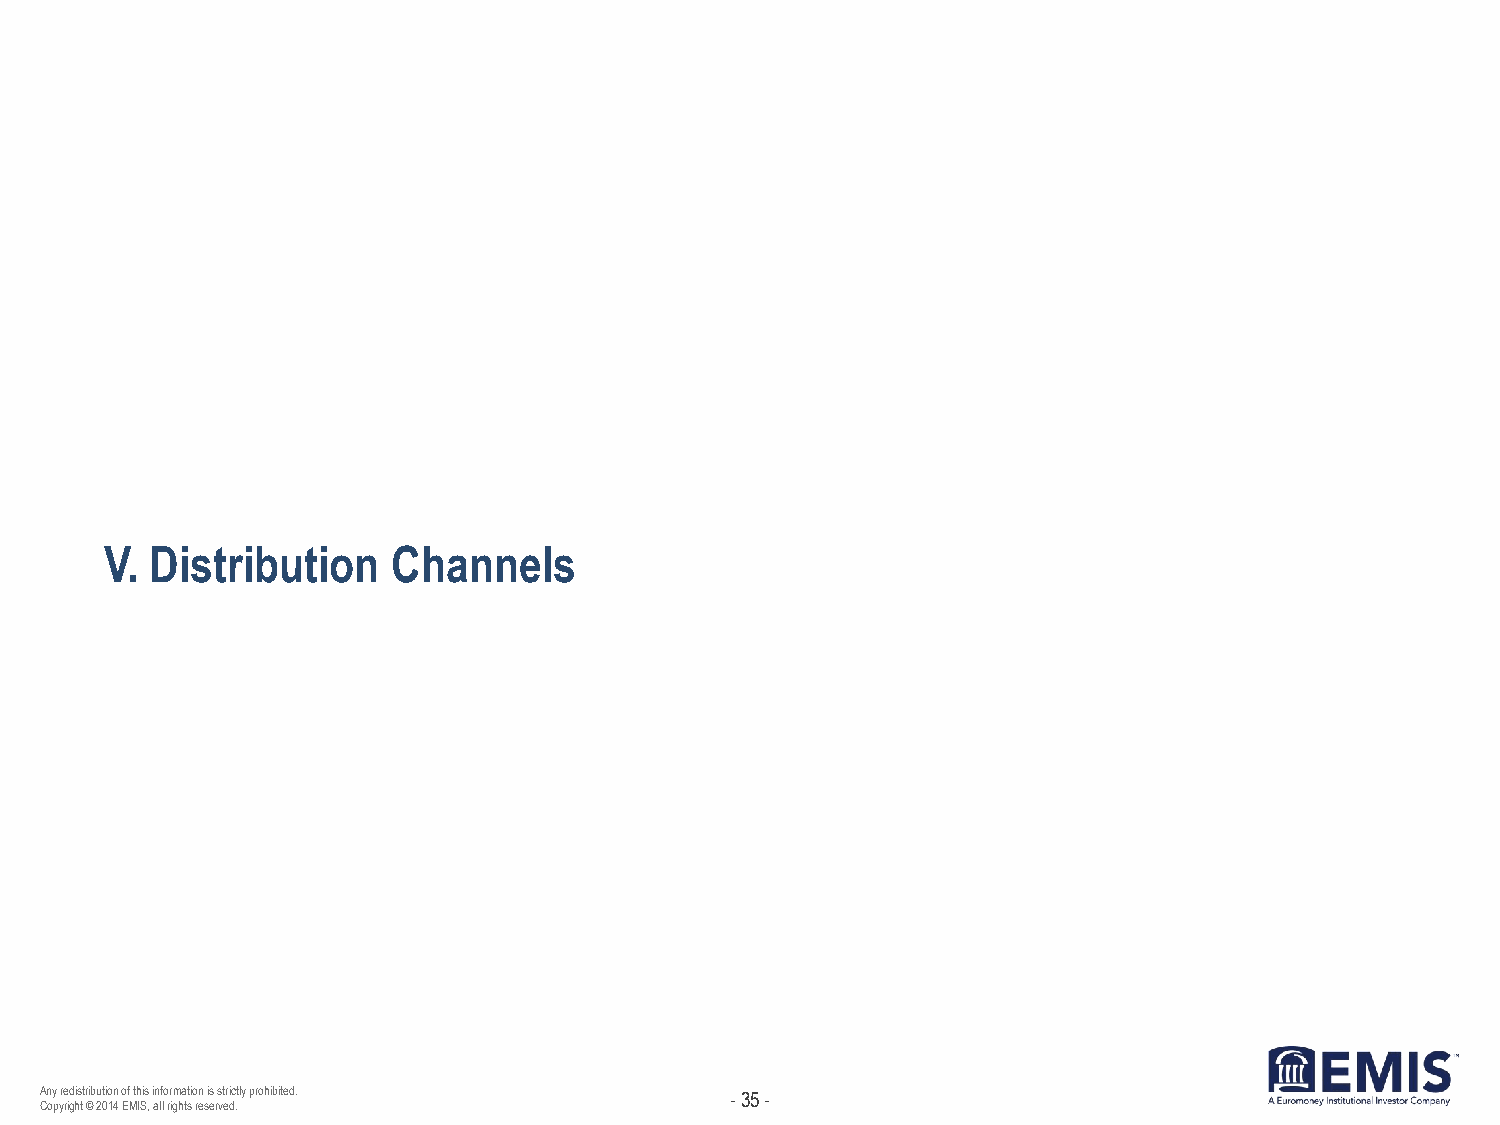
V. Distribution    Channels
 Any redistribution of this information is strictly prohibited. - 35 -
 Copyright © 2014 EMIS, all rights reserved.